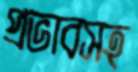
প্রভাবসহ